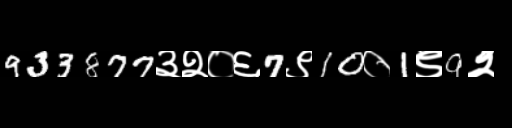
Text: 933877३२०६7९10०1९9२